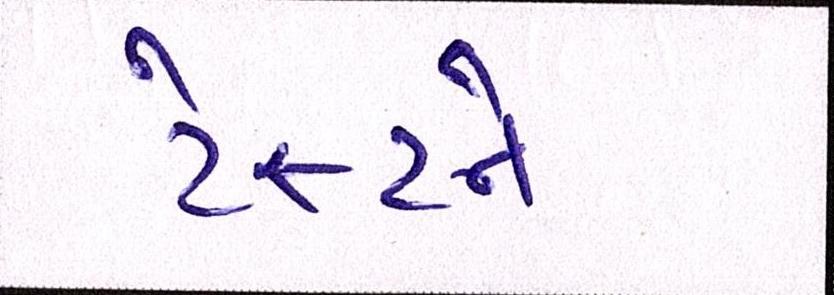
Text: ટેસ્ટને